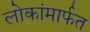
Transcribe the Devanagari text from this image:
लोकांमार्फत